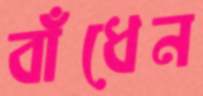
বাঁধেন